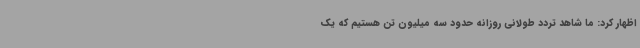
اظهار کرد: ما شاهد تردد طولانی روزانه حدود سه میلیون تن هستیم که یک